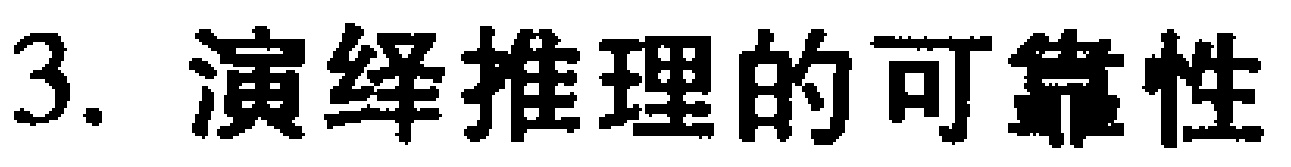
3. 演绎推理的可靠性